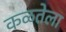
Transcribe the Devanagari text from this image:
कळतेला